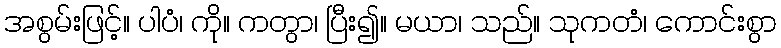
အစွမ်းဖြင့်။ ပါပံ၊ ကို။ ကတွာ၊ ပြီး၍။ မယာ၊ သည်။ သုကတံ၊ ကောင်းစွာ